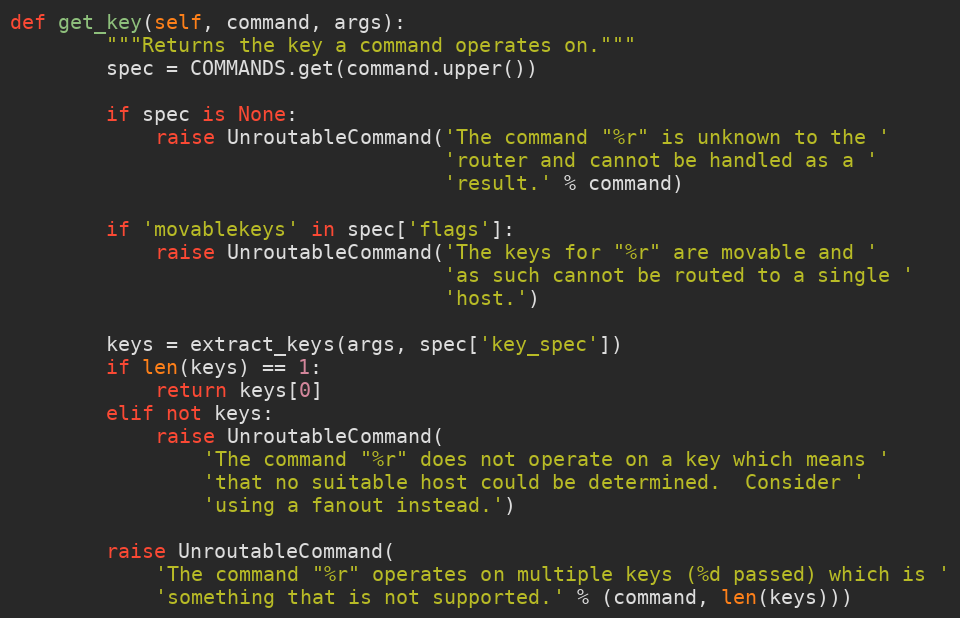
Language: Python
def get_key(self, command, args):
        """Returns the key a command operates on."""
        spec = COMMANDS.get(command.upper())

        if spec is None:
            raise UnroutableCommand('The command "%r" is unknown to the '
                                    'router and cannot be handled as a '
                                    'result.' % command)

        if 'movablekeys' in spec['flags']:
            raise UnroutableCommand('The keys for "%r" are movable and '
                                    'as such cannot be routed to a single '
                                    'host.')

        keys = extract_keys(args, spec['key_spec'])
        if len(keys) == 1:
            return keys[0]
        elif not keys:
            raise UnroutableCommand(
                'The command "%r" does not operate on a key which means '
                'that no suitable host could be determined.  Consider '
                'using a fanout instead.')

        raise UnroutableCommand(
            'The command "%r" operates on multiple keys (%d passed) which is '
            'something that is not supported.' % (command, len(keys)))